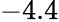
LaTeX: -4.4